Leningradi_Edasi_toimetus, lk 139
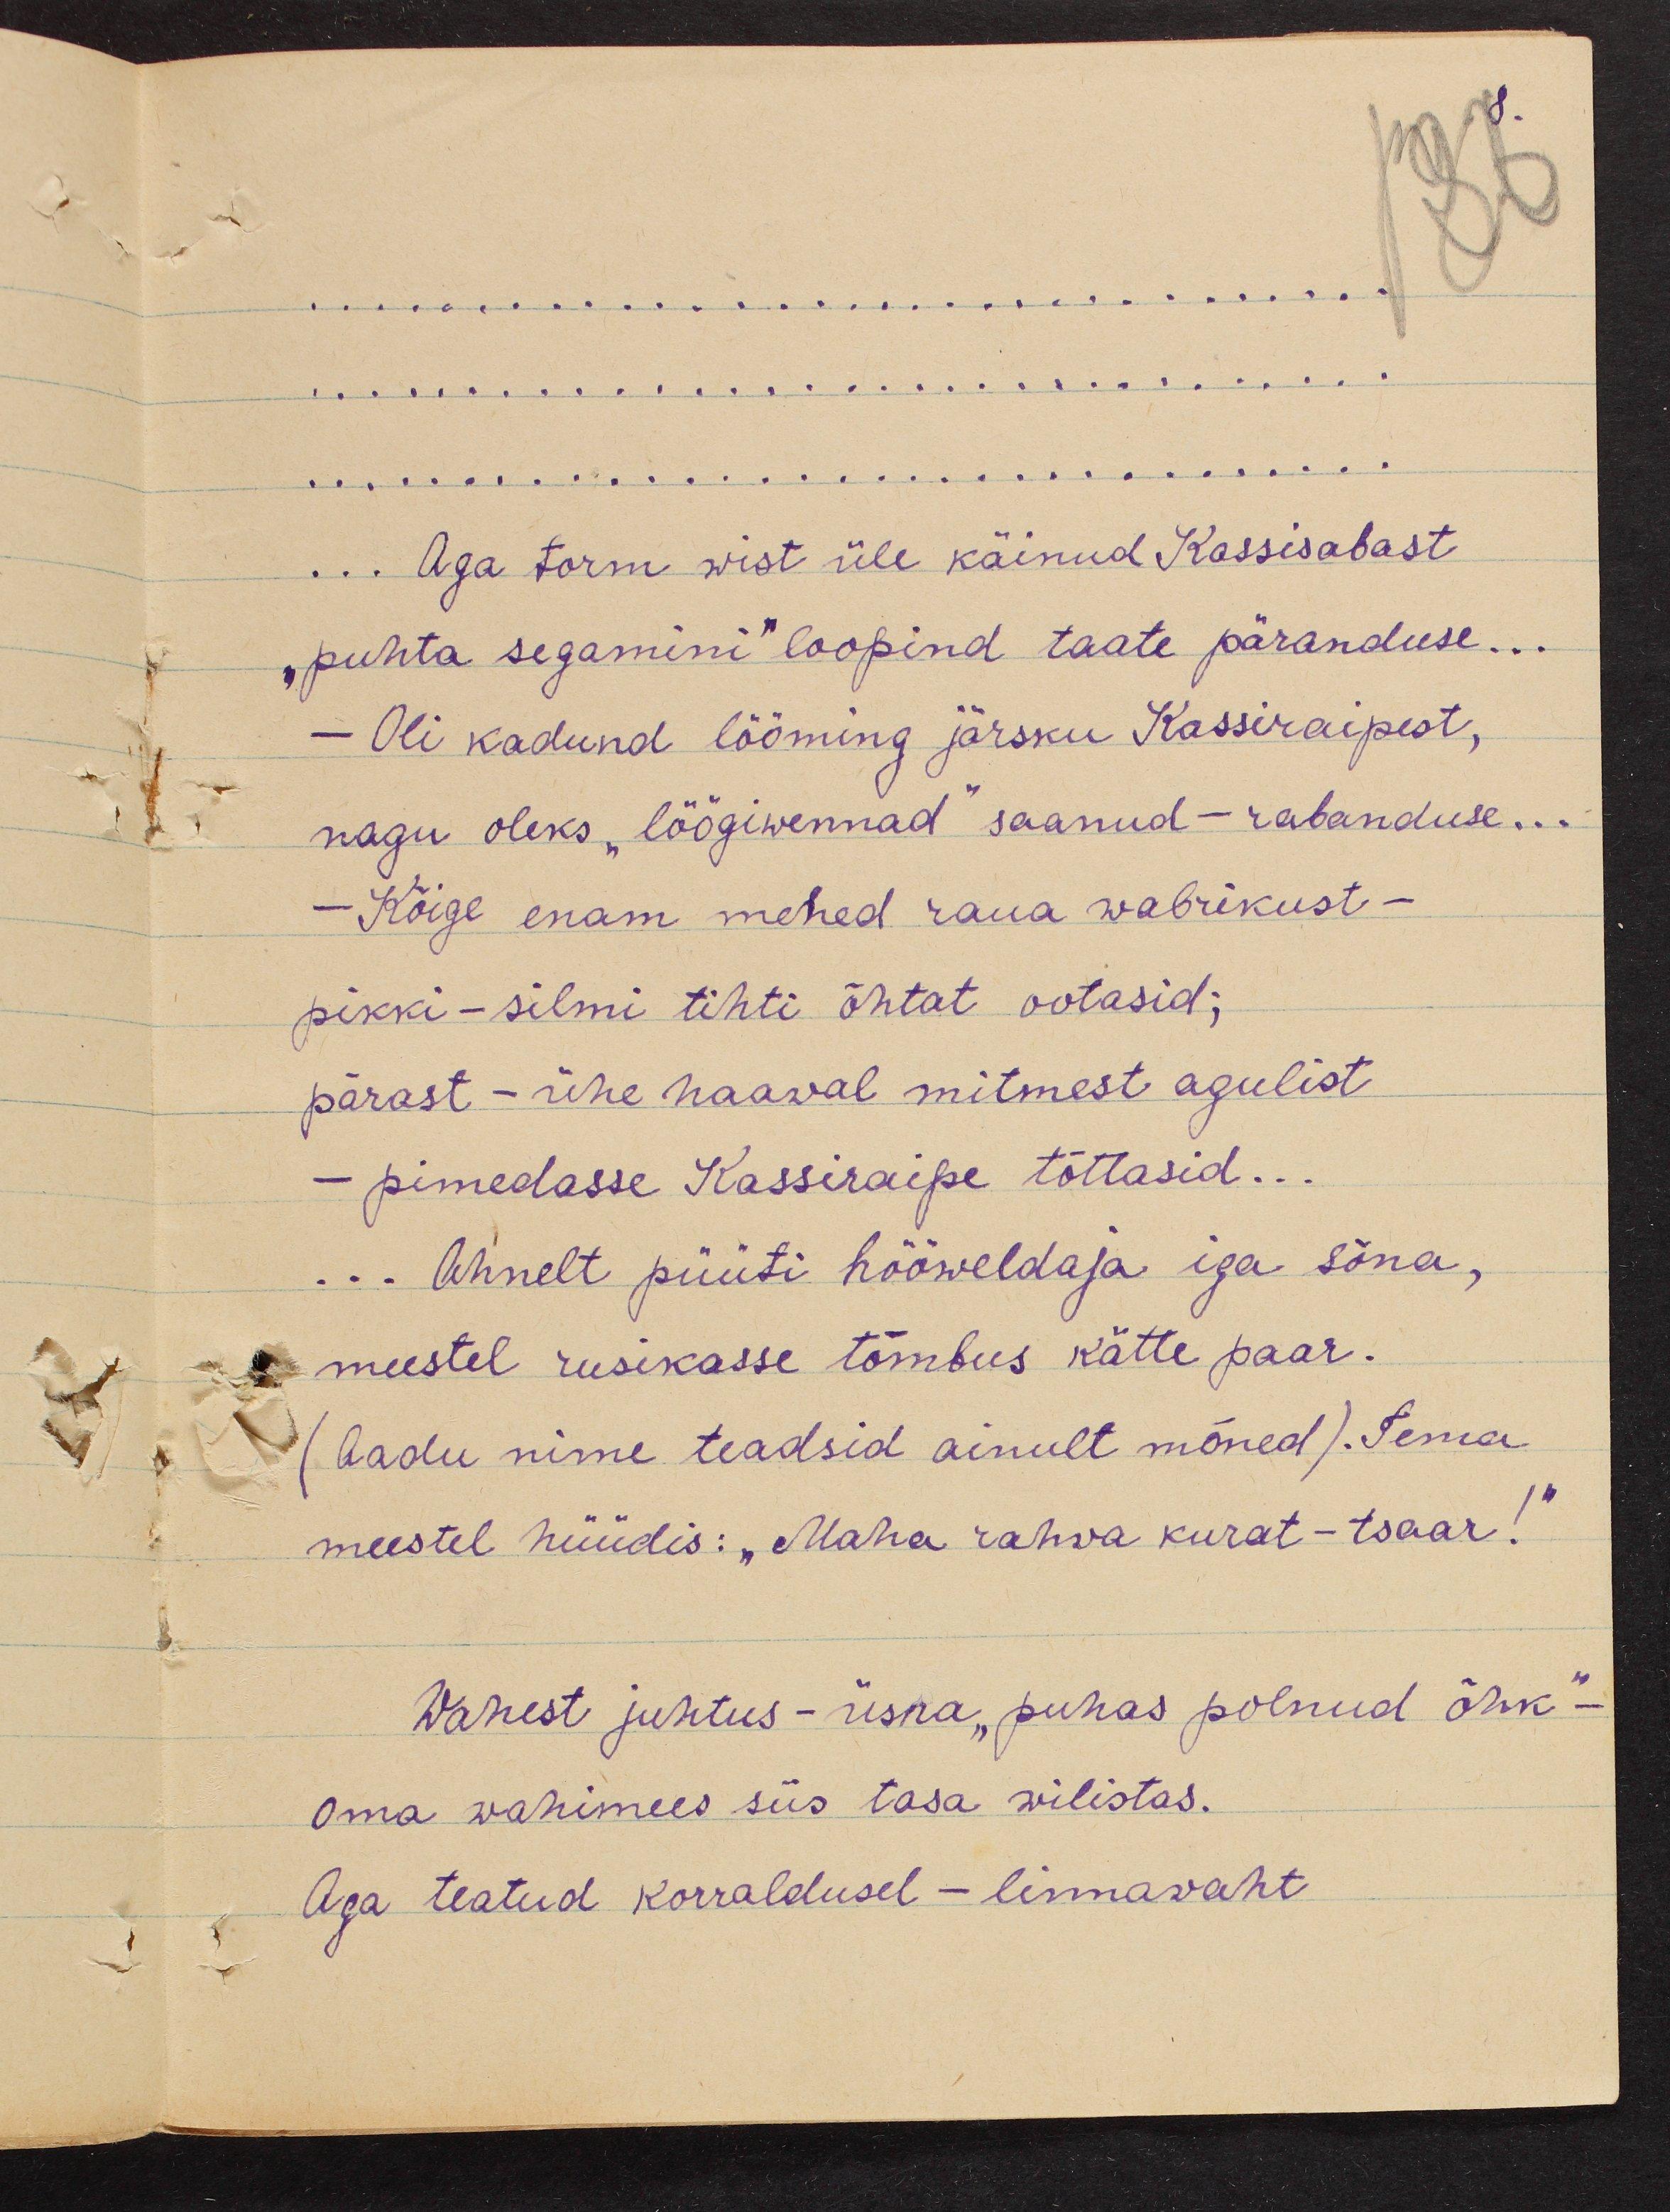
8.

... Aga torm wist üle käinud Kassisabast
"puhta segamini" loopind taate päranduse...
– Oli kadund lööming järsku Kassiraipest,
nagu oleks "löögiwennad" saanud - rabanduse...
- Kõige enam mehed raua wabrikust -
pikki - silmi tihti õhtat ootasid;
pärast - ühe haawal mitmest agulist
- pimedasse Kassiraipe tõttasid...
... Ahnelt püüti hõõweldaja iga sõna,
meestel rusikasse tõmbus kätte paar.
(Aadu nime teadsid ainult mõned). Tema
meestel hüüdis: "Maha rahwa kurat-tsaar!"
Wahest juhtus - üsna "puhas polnud õhk"
Oma wahimees siis tasa wilistas.
Aga teatud korraldusel - linnawaht